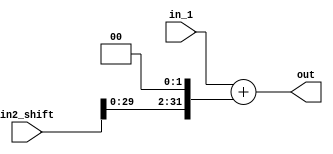
module Adder_and_leftShifter(  in_1,  in2_shift, out );
    // add two inputs 
    // second input is seding through a 2x left shifter prior to do the adition.
    
    input [31:0] in_1 , in2_shift;
    output [31:0] out;
    
    assign out = in_1 + (in2_shift << 2);

endmodule